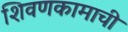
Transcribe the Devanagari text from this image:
शिवणकामाची